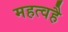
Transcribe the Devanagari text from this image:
महत्वहै